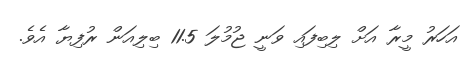
އަހަރު މީރާ އަށް ލިބިފައި ވަނީ ޖުމުލަ 11.5 ބިލިއަން ރުފިޔާ އެވެ.